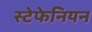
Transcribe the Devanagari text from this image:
स्टेफेनियन